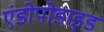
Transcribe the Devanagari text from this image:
एंडोपोडाइड